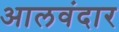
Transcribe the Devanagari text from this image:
आलवंदार